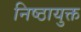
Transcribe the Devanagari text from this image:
निष्ठायुक्त